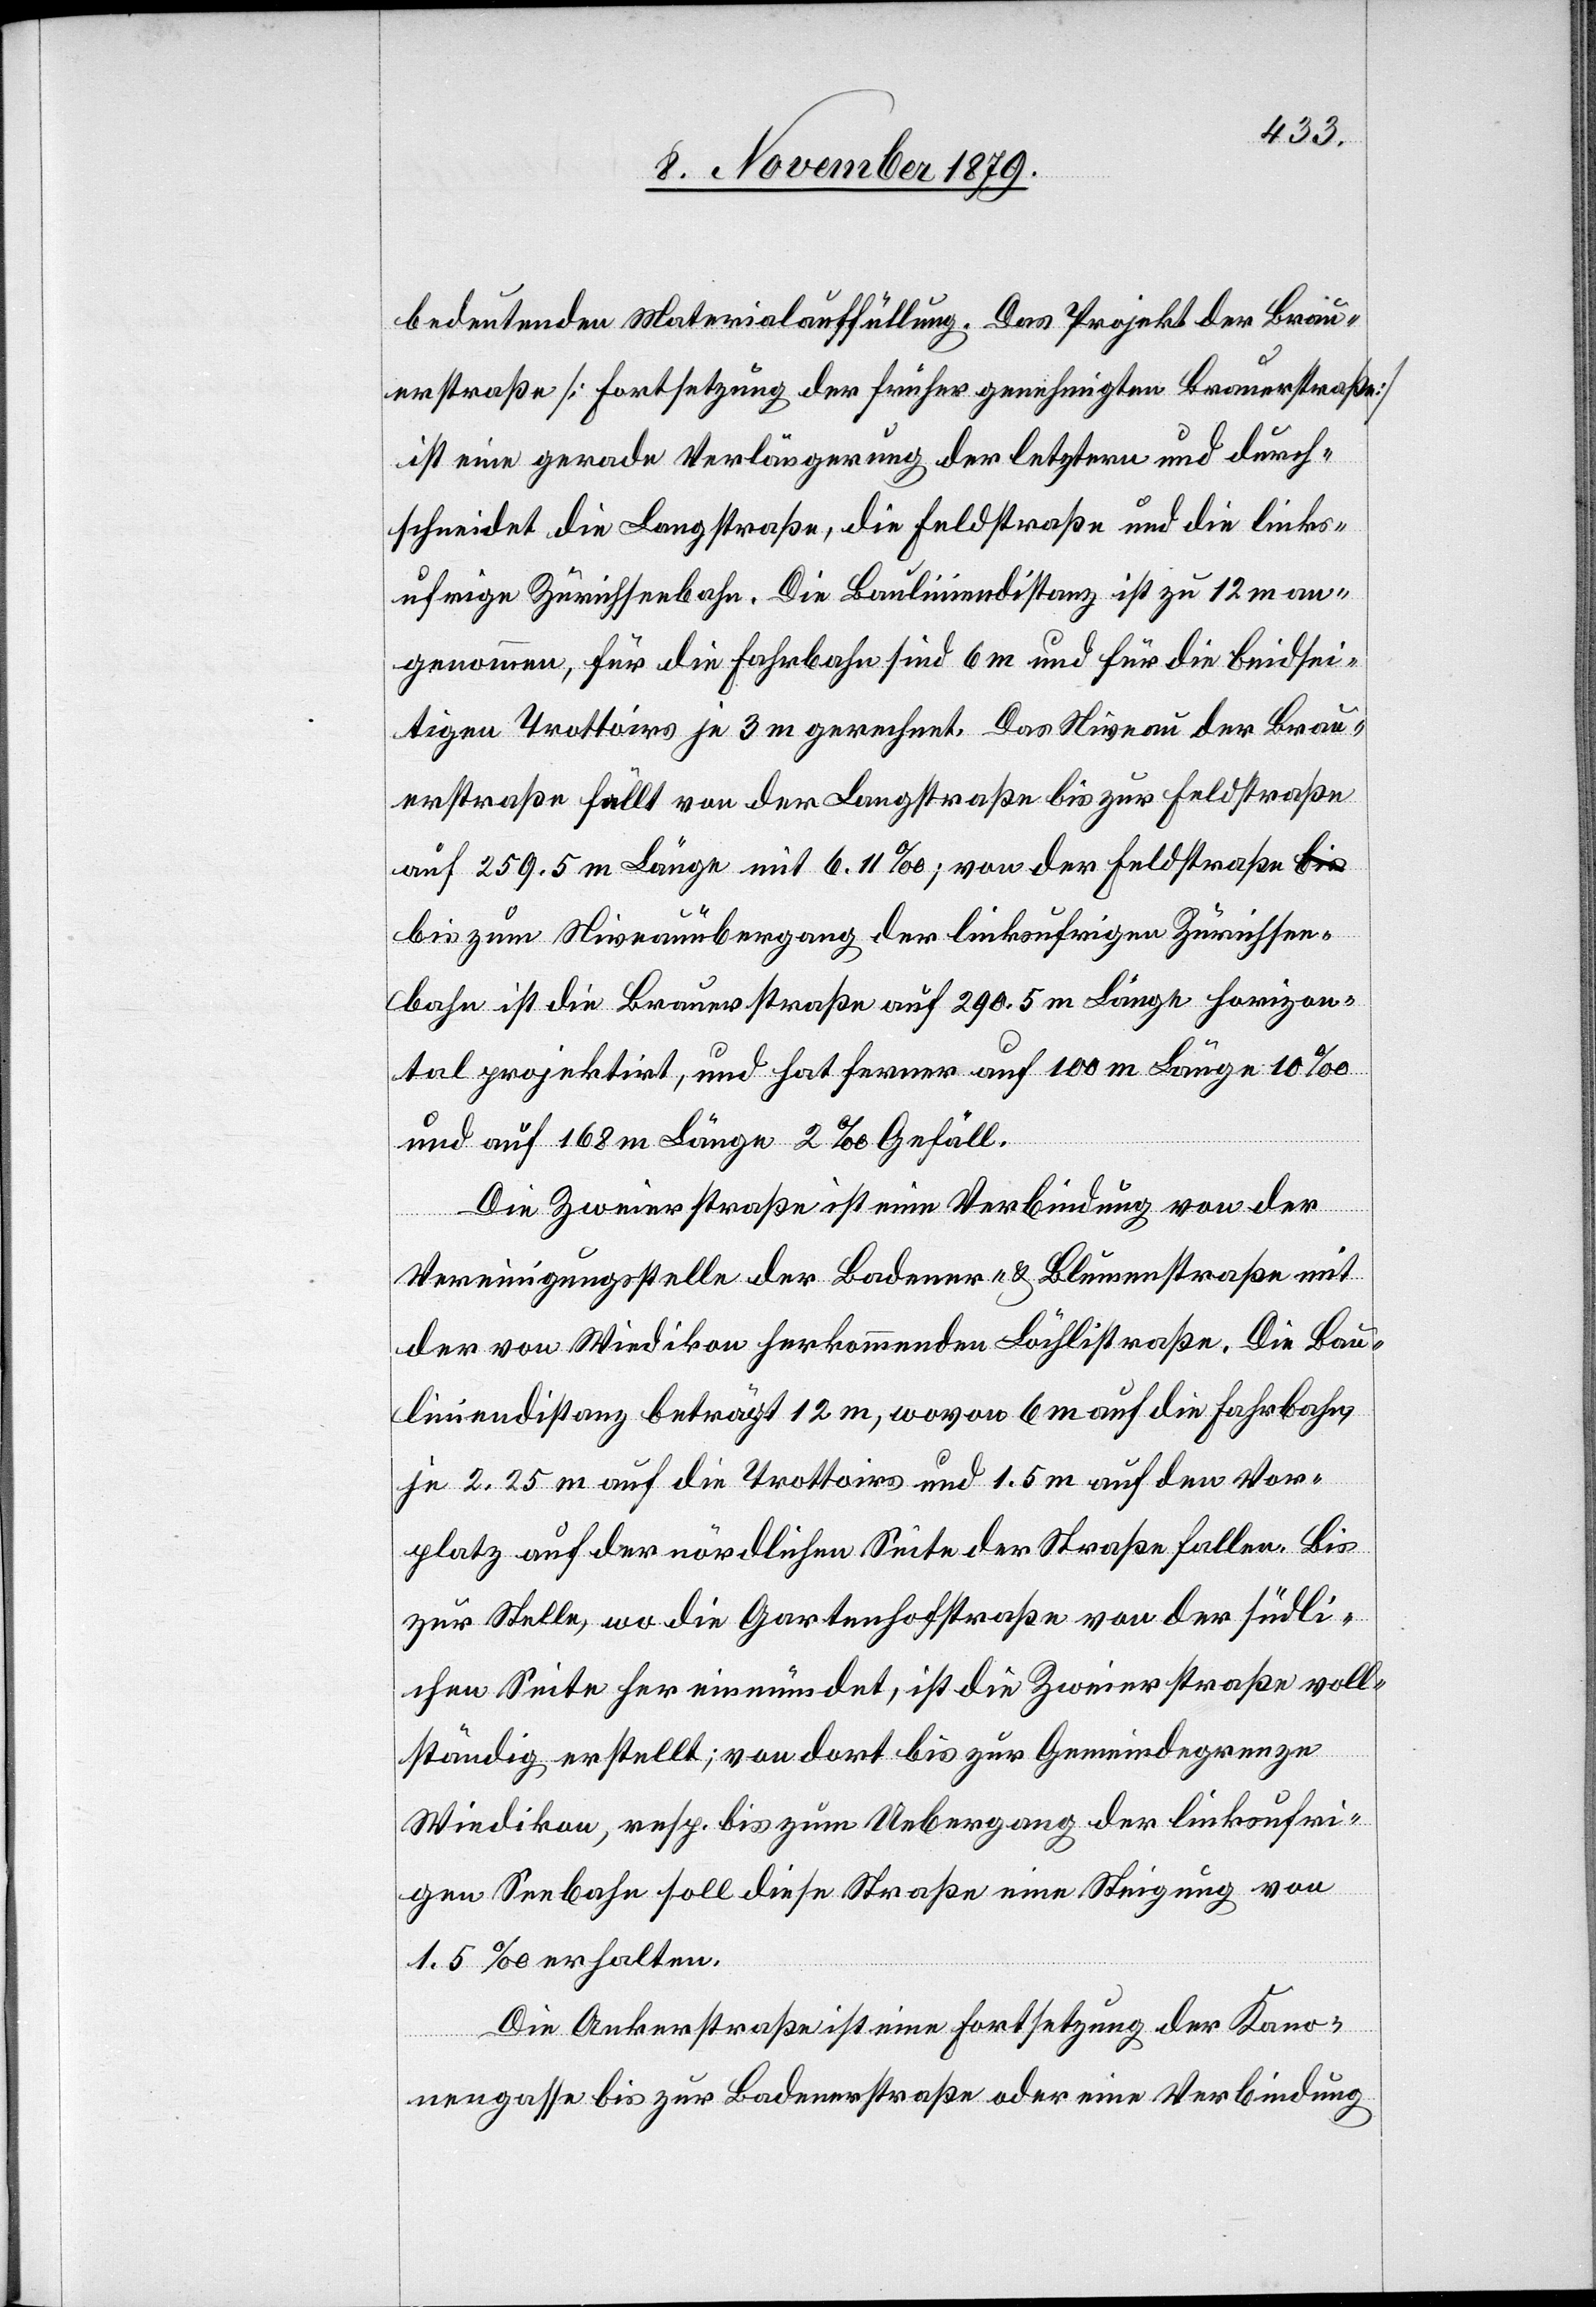
bedeutenden Materialauffüllung. Das Projekt der Brau¬
erstraße [Fortsetzung der früher genehmigten Brauerstraße]
ist eine gerade Verlängerung der letztern und durch¬
schneidet die Langstraße, die Feldstraße und die links¬
ufrige Zürichseebahn. Die Bauliniendistanz ist zu 12 m an¬
genommen, für die Fahrbahn sind 6 m und für die beidsei¬
tigen Trottoirs je 3 m gerechnet. Das Niveau der Brau¬
erstraße fällt von der Langstraße bis zur Feldstraße
auf 259.5 m Länge mit 6.11%; von der Feldstraße b¬
is zum Niveauübergang der linksufrigen Zürichsee¬
bahn ist die Brauerstraße auf 290.5 m Länge horizon¬
tal projektirt, und hat ferner auf 100 m Länge 10%
und auf 168 m Länge 2% Gefäll.
Die Zweierstraße ist eine Verbindung von der
Vereinigungsstelle der Badener- & Blumenstraße mit
der von Wiedikon herkommenden Löchlistraße. Die Bau¬
liniendistanz beträgt 12 m, wovon 6 m auf die Fahrbahn,
je 2.25 m auf die Trottoirs und 1.5 m auf den Vor¬
platz auf der nördlichen Seite der Straße fallen. Bis
zur Stelle, wo die Gartenhofstraße von der südli¬
chen Seite her einmündet, ist die Zweierstraße voll¬
ständig erstellt; von dort bis zur Gemeindegrenze
Wiedikon, resp. bis zum Uebergang der linksufri¬
gen Seebahn soll diese Straße eine Steigung von
1.5% erhalten.
Die Ankerstraße ist eine Fortsetzung der Kano¬
nengasse bis zur Badenerstraße oder eine Verbindung